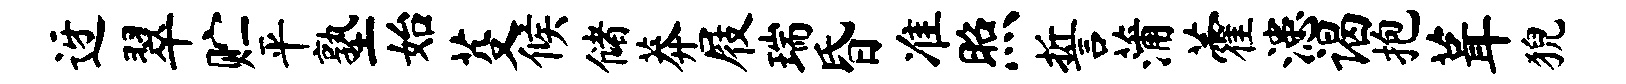
迓翠贮平塾始芟候储莽屐瑞昏准照誓蒲藿漶谒抱葺猊